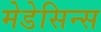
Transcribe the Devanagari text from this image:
मेडेसिन्स